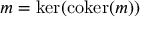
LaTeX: m = \ker ( \operatorname { c o k e r } ( m ) )